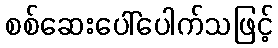
စစ်ဆေးပေါ်ပေါက်သဖြင့်